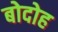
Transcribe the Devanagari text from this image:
बोदोह